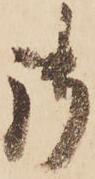
御